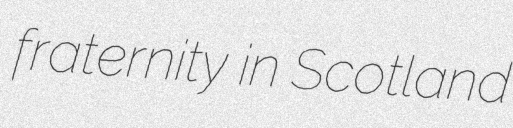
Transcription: fraternity in Scotland